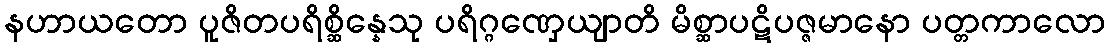
နဟာယတော ပူဇိတပရိစ္ဆိန္နေသု ပရိဂ္ဂဏှေယျာတိ မိစ္ဆာပဋိပဇ္ဇမာနော ပတ္တကာလော